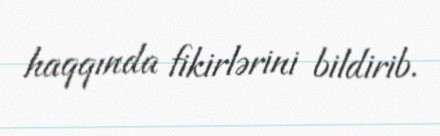
haqqında fikirlərini bildirib.